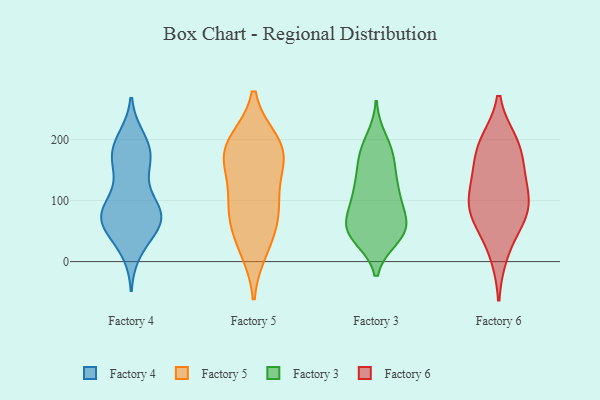
{"axis": {"x": "Gross Profit (USD K)", "y": "Value"}, "legend": ["Factory 3", "Factory 4", "Factory 5", "Factory 6"], "data": [{"x": "", "y": 70, "type": "Factory 4"}, {"x": "", "y": 71, "type": "Factory 4"}, {"x": "", "y": 189, "type": "Factory 4"}, {"x": "", "y": 156, "type": "Factory 4"}, {"x": "", "y": 83, "type": "Factory 4"}, {"x": "", "y": 64, "type": "Factory 4"}, {"x": "", "y": 77, "type": "Factory 4"}, {"x": "", "y": 73, "type": "Factory 4"}, {"x": "", "y": 87, "type": "Factory 4"}, {"x": "", "y": 20, "type": "Factory 4"}, {"x": "", "y": 89, "type": "Factory 4"}, {"x": "", "y": 170, "type": "Factory 4"}, {"x": "", "y": 142, "type": "Factory 4"}, {"x": "", "y": 200, "type": "Factory 4"}, {"x": "", "y": 65, "type": "Factory 4"}, {"x": "", "y": 37, "type": "Factory 4"}, {"x": "", "y": 181, "type": "Factory 4"}, {"x": "", "y": 183, "type": "Factory 4"}, {"x": "", "y": 23, "type": "Factory 5"}, {"x": "", "y": 98, "type": "Factory 5"}, {"x": "", "y": 172, "type": "Factory 5"}, {"x": "", "y": 187, "type": "Factory 5"}, {"x": "", "y": 194, "type": "Factory 5"}, {"x": "", "y": 160, "type": "Factory 5"}, {"x": "", "y": 86, "type": "Factory 5"}, {"x": "", "y": 181, "type": "Factory 5"}, {"x": "", "y": 42, "type": "Factory 5"}, {"x": "", "y": 87, "type": "Factory 5"}, {"x": "", "y": 185, "type": "Factory 3"}, {"x": "", "y": 101, "type": "Factory 3"}, {"x": "", "y": 40, "type": "Factory 3"}, {"x": "", "y": 48, "type": "Factory 3"}, {"x": "", "y": 53, "type": "Factory 3"}, {"x": "", "y": 115, "type": "Factory 3"}, {"x": "", "y": 116, "type": "Factory 3"}, {"x": "", "y": 126, "type": "Factory 3"}, {"x": "", "y": 70, "type": "Factory 3"}, {"x": "", "y": 42, "type": "Factory 3"}, {"x": "", "y": 45, "type": "Factory 3"}, {"x": "", "y": 200, "type": "Factory 3"}, {"x": "", "y": 162, "type": "Factory 3"}, {"x": "", "y": 69, "type": "Factory 3"}, {"x": "", "y": 61, "type": "Factory 3"}, {"x": "", "y": 175, "type": "Factory 3"}, {"x": "", "y": 113, "type": "Factory 3"}, {"x": "", "y": 163, "type": "Factory 3"}, {"x": "", "y": 59, "type": "Factory 3"}, {"x": "", "y": 75, "type": "Factory 6"}, {"x": "", "y": 110, "type": "Factory 6"}, {"x": "", "y": 183, "type": "Factory 6"}, {"x": "", "y": 66, "type": "Factory 6"}, {"x": "", "y": 145, "type": "Factory 6"}, {"x": "", "y": 13, "type": "Factory 6"}, {"x": "", "y": 91, "type": "Factory 6"}, {"x": "", "y": 195, "type": "Factory 6"}, {"x": "", "y": 192, "type": "Factory 6"}, {"x": "", "y": 134, "type": "Factory 6"}, {"x": "", "y": 84, "type": "Factory 6"}]}